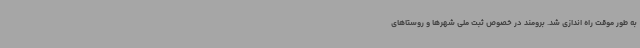
به طور موقت راه اندازی شد. برومند در خصوص ثبت ملی شهرها و روستاهای